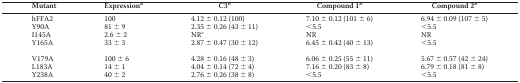
<table><thead><tr><td><b>Mutant</b></td><td><b>Expression<i><sup>a</sup></i></b></td><td><b>C3<i><sup>b</sup></i></b></td><td><b>Compound 1<i><sup>b</sup></i></b></td><td><b>Compound 2<i><sup>b</sup></i></b></td></tr></thead><tbody><tr><td>hFFA2</td><td>100</td><td>4.12 ± 0.12 (100)</td><td>7.10 ± 0.12 (101 ± 6)</td><td>6.94 ± 0.09 (107 ± 5)</td></tr><tr><td>Y90A</td><td>81 ± 9</td><td>2.35 ± 0.26 (43 ± 11)</td><td>&lt;5.5</td><td>&lt;5.5</td></tr><tr><td>I145A</td><td>2.6 ± 2</td><td>NR<i><sup>c</sup></i></td><td>NR</td><td>NR</td></tr><tr><td>Y165A</td><td>33 ± 3</td><td>2.87 ± 0.47 (30 ± 12)</td><td>6.45 ± 0.42 (40 ± 13)</td><td>&lt;5.5</td></tr><tr><td>V179A</td><td>100 ± 6</td><td>4.28 ± 0.16 (48 ± 3)</td><td>6.06 ± 0.25 (55 ± 11)</td><td>5.67 ± 0.57 (42 ± 24)</td></tr><tr><td>L183A</td><td>14 ± 1</td><td>4.04 ± 0.14 (72 ± 4)</td><td>7.16 ± 0.20 (83 ± 8)</td><td>6.79 ± 0.18 (81 ± 8)</td></tr><tr><td>Y238A</td><td>40 ± 2</td><td>2.76 ± 0.26 (38 ± 8)</td><td>&lt;5.5</td><td>&lt;5.5</td></tr></tbody></table>